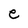
Character: e